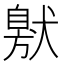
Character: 𤠩